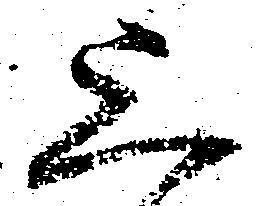
上